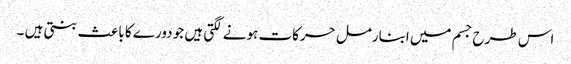
اس طرح جسم میں ابنارمل حرکات ہونے لگتی ہیں جو دورے کا باعث بنتی ہیں ۔